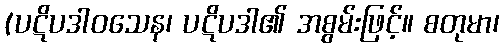
(ပဋိပဒါဝသေန၊ ပဋိပဒါ၏ အစွမ်းဖြင့်။ စတုမာ၊